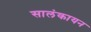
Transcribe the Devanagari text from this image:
सालंकायन